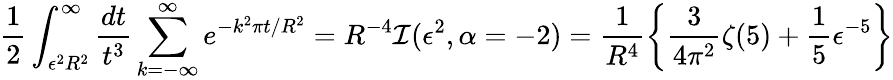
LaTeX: \frac{1}{2}\int_{\epsilon^{2}R^{2}}^{\infty}\frac{dt}{t^{3}}\sum_{k=-\infty}^{\infty}e^{-k^{2}\pi t/R^{2}}=R^{-4}{\cal I}(\epsilon^{2},\alpha=-2)=\frac{1}{R^{4}}\left\{ \frac{3}{4\pi^{2}}\zeta(5)+\frac{1}{5}\epsilon^{-5}\right\}